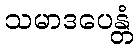
သမာဒပေန္တံ